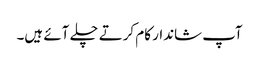
آپ شاندار کام کرتے چلے آئے ہیں۔